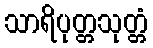
သာရိပုတ္တသုတ္တံ